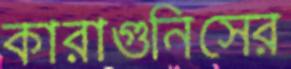
কারাগুনিসের